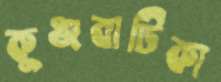
কুঞ্জবাটিকা